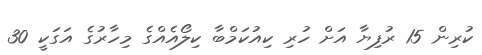
ކުރިން 15 ރުފިޔާ އަށް ހުރި ކިއުކަމްބާ ކިލޯއެއްގެ މިހާރުގެ އަގަކީ 30